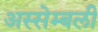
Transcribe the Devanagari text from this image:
अस्सेम्बली